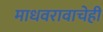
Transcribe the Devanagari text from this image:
माधवरावाचेही